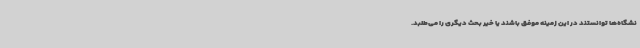
نشگاه‌ها توانستند در این زمینه موفق باشند یا خیر بحث دیگری را می‌طلبد.